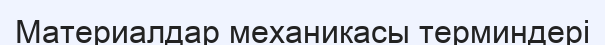
Материалдар механикасы терминдері